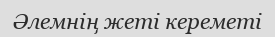
Әлемнің жеті кереметі